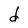
Character: d